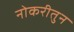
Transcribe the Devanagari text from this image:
नोकरीतुन